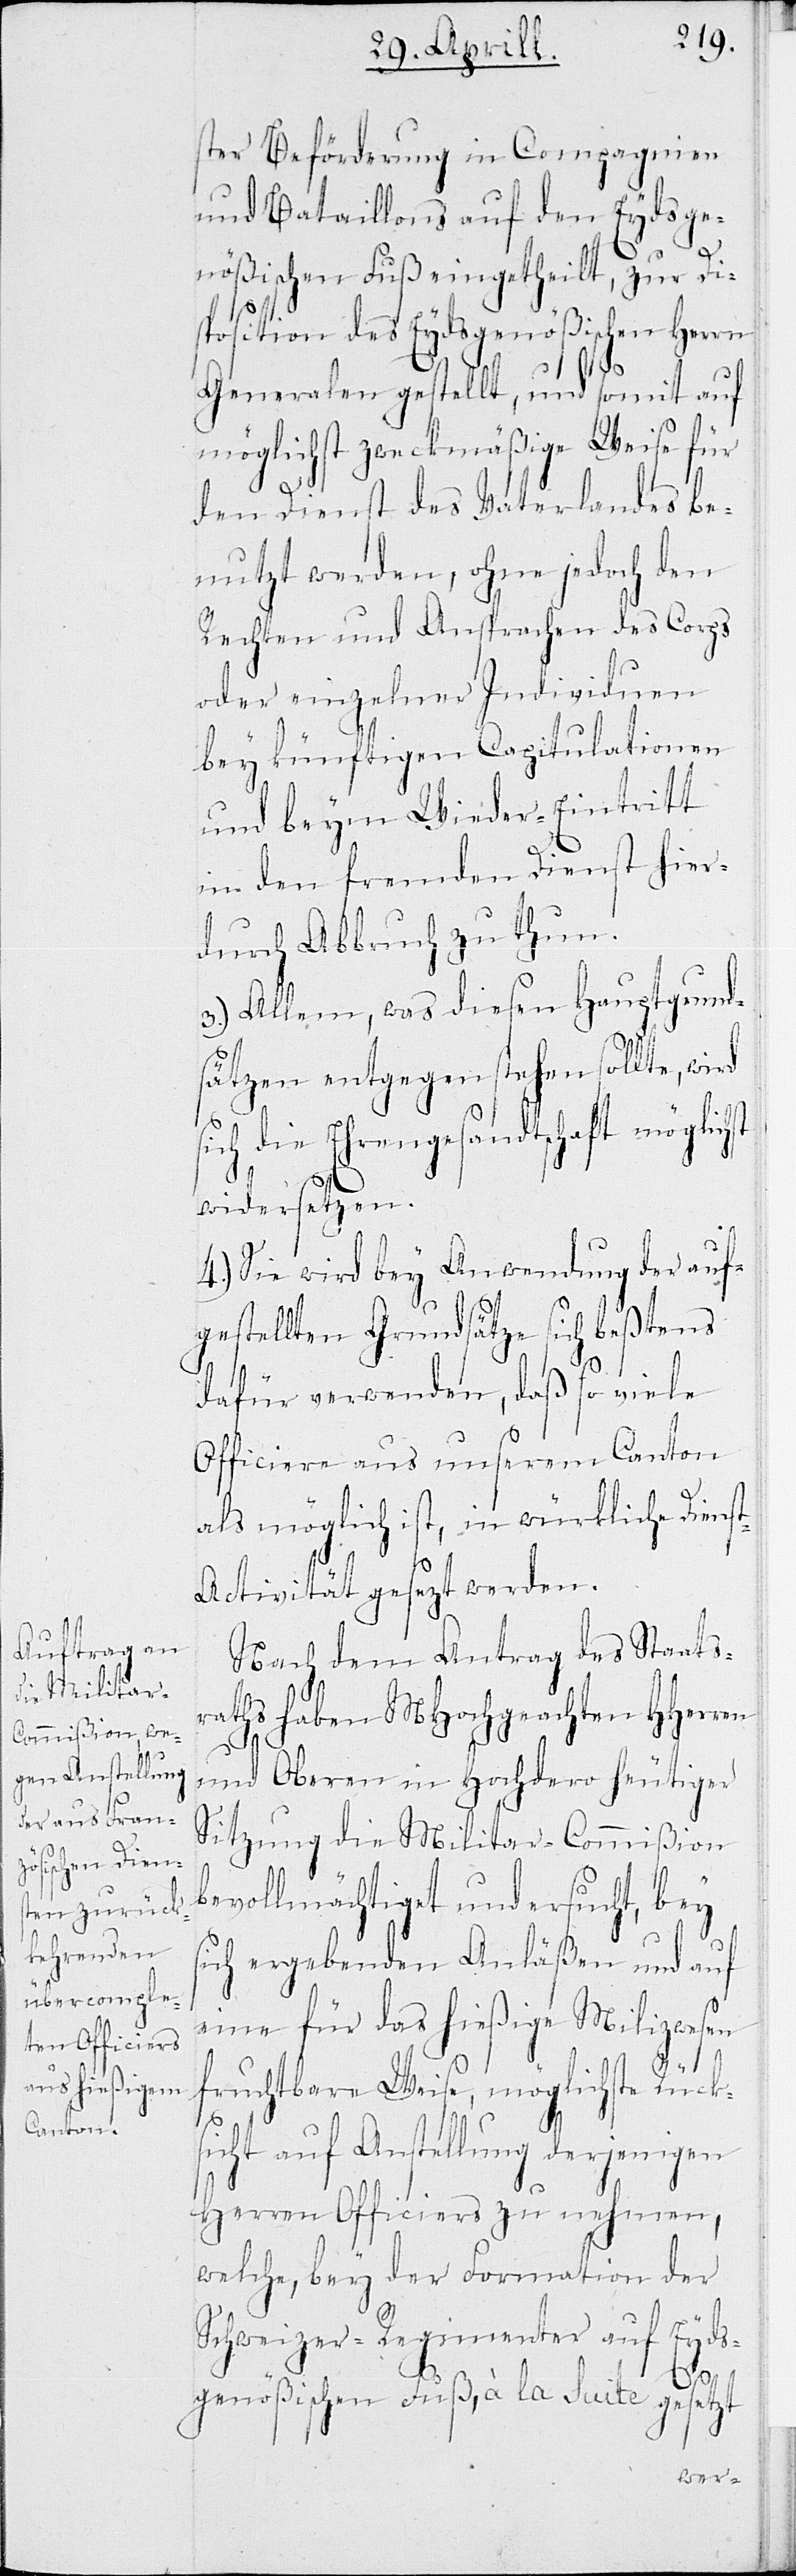
ster Beförderung in Compagnien
und Bataillons auf den Eydsge¬
nößischen Fuß eingetheilt, zur Di¬
sposition des Eydsgenößischen Herrn
Generalen gestellt, und somit auf
möglichst zweckmäßige Weise für
den Dienst des Vaterlandes be¬
nutzt werden, ohne jedoch den
Rechten und Ansprachen des Corps
oder einzelner Individuen
bey künftigen Capitulationen
und beym Wieder-Eintritt
in den fremden Dienst hier¬
durch Abbruch zu thun.
3.) Allem, was diesen Hauptgrund¬
sätzen entgegenstehen sollte, wird
sich die Ehrengesandtschaft möglich¬
widersetzen.
4.) Sie wird bey Anwendung der auf¬
gestellten Grundsätze sich beßtens
dafür verwenden, daß so viele
Officiere aus unserem Canton
als möglich ist, in würkliche Diens¬
t-Activität gesezt werden.
Nach dem Antrag des Staats¬
raths haben MHochgeachten HHerren
und Oberen in Hochdero heutiger
Sitzung die Militar-Commißion
bevollmächtiget und ersucht, bey
ich ergebenden Anläßen und auf
eine für das hießige Milizwesen
s¬
fruchtbare Weise, möglichste Rück¬
sicht auf Anstellung derjenigen
Herren Officiers zu nehmen,
welche, bey der Formation der
Schweizer-Regimenter auf Eyds¬
st
genößischen Fuß, à la Suite gesetzt